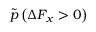
\tilde { p } \left( \Delta F _ { x } > 0 \right)